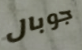
جوبال